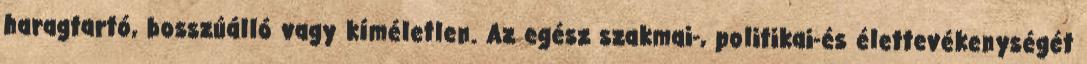
haragtartó, bosszúálló vagy kíméletlen. Az egész szakmai-, politikai-és élettevékenységét